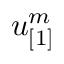
u _ { [ 1 ] } ^ { m }